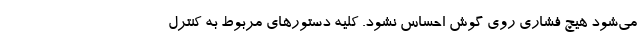
می‌شود هیچ فشاری روی گوش احساس نشود. کلیه دستورهای مربوط به کنترل